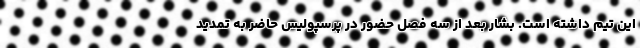
این تیم داشته است. بشار بعد از سه فصل حضور در پرسپولیس حاضر به تمدید